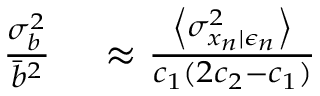
\begin{array} { r l } { \frac { \sigma _ { b } ^ { 2 } } { \bar { b } ^ { 2 } } } & { { } \approx \frac { \left\langle \sigma _ { x _ { n } | \epsilon _ { n } } ^ { 2 } \right\rangle } { c _ { 1 } ( 2 c _ { 2 } - c _ { 1 } ) } } \end{array}